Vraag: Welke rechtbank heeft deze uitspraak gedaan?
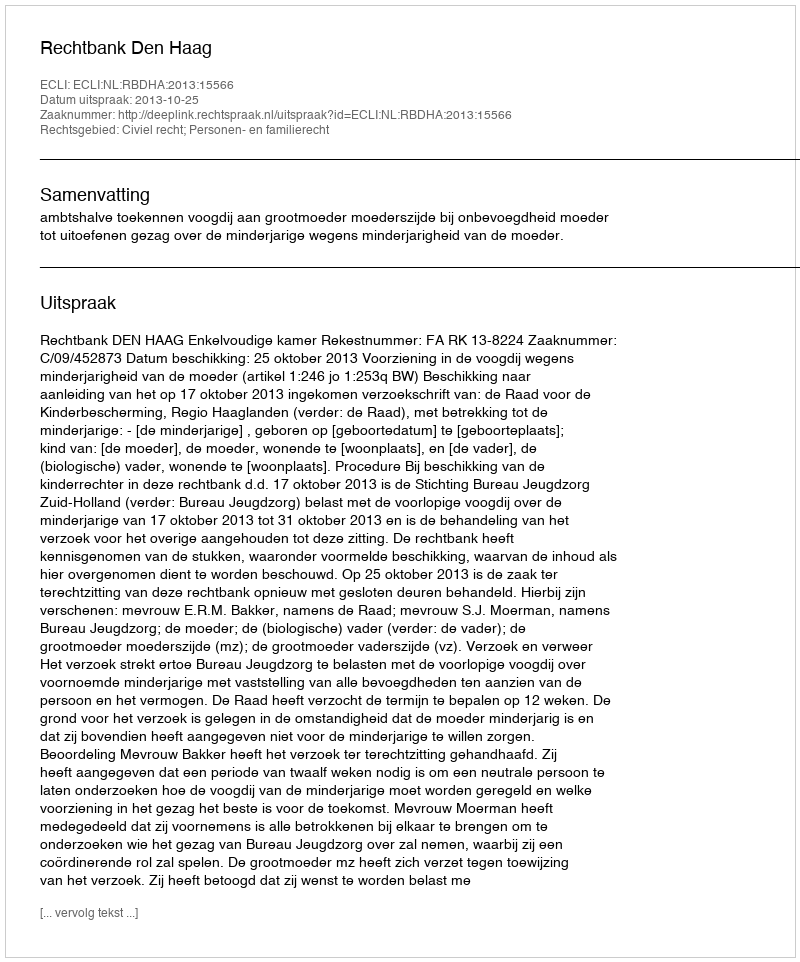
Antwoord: Rechtbank Den Haag